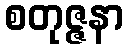
စတုဇ္ဇနာ